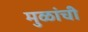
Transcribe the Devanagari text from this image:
मुळांची